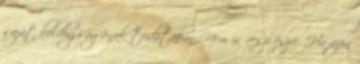
saját boldogságának tudatában. Nem is veszi észre. Ha azon